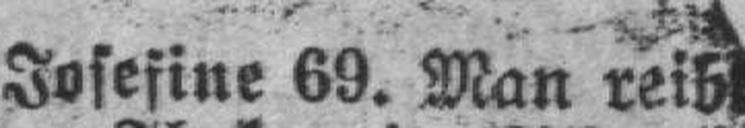
Josefine 69. Man reib